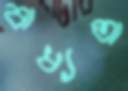
বাধ্যতা